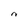
Character: n